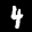
Label: 4